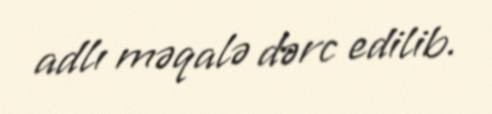
adlı məqalə dərc edilib.